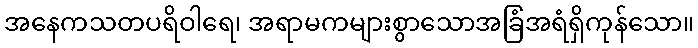
အနေကသတပရိဝါရေ၊ အရာမကများစွာသောအခြံအရံရှိကုန်သော။